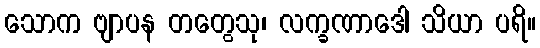
သောက ဗျာပန တတွေသု၊ လက္ခဏာဒေါ သိယာ ပရိ။